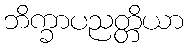
ဘိက္ခာပညတ္တိယာ